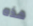
هذه